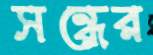
সন্ধের